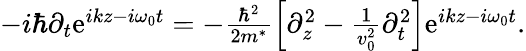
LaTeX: \begin{array}{r}{-i\hbar\partial_{t}\mathrm{e}^{ikz-i\omega_{0}t}=-\frac{\hbar^{2}}{2m^{*}}\left[\partial_{z}^{2}-\frac{1}{v_{0}^{2}}\partial_{t}^{2}\right]\mathrm{e}^{ikz-i\omega_{0}t}.}\end{array}